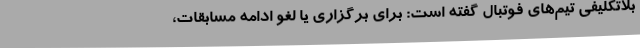
بلاتکلیفی تیم‌های فوتبال گفته است: برای برگزاری یا لغو ادامه مسابقات،